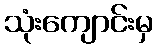
သုံးကျောင်းမှ